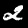
Label: 2